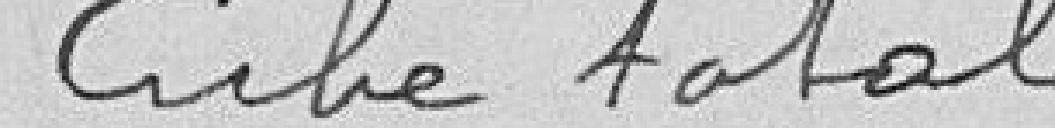
Coût total